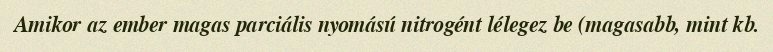
Amikor az ember magas parciális nyomású nitrogént lélegez be (magasabb, mint kb.